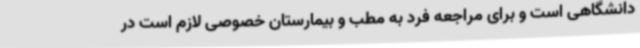
دانشگاهی است و برای مراجعه فرد به مطب و بیمارستان خصوصی لازم است در